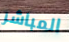
المباشر